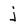
Character: j